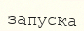
запуска